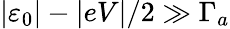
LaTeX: \left\vert\varepsilon_{0}\right\vert-\vert eV\vert/2\gg\Gamma_{a}